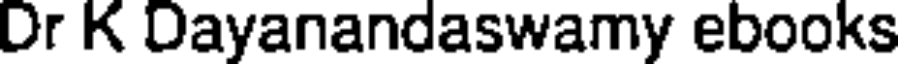
Dr K Dayanandaswamy ebooks